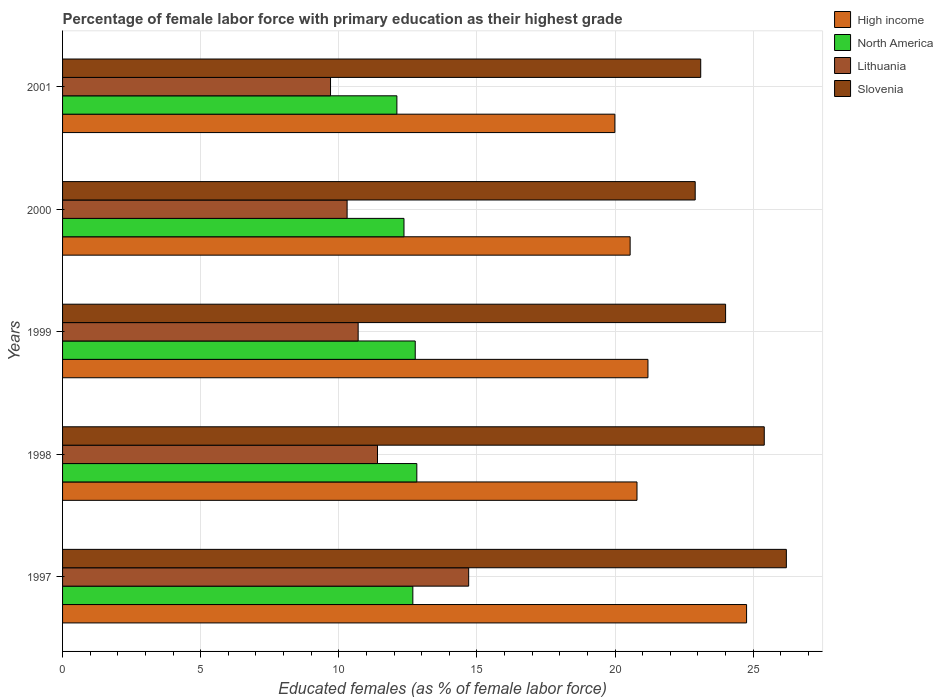
| Years | High income | North America | Lithuania | Slovenia |
 | --- | --- | --- | --- | --- |
 | 1997 | 24.8 | 12.7 | 14.7 | 26.2 |
 | 1998 | 20.8 | 12.8 | 11.4 | 25.4 |
 | 1999 | 21.2 | 12.8 | 10.7 | 24 |
 | 2000 | 20.5 | 12.4 | 10.3 | 22.9 |
 | 2001 | 20 | 12.1 | 9.7 | 23.1 |